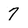
Character: 7